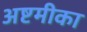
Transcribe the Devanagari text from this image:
अष्टमीका